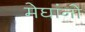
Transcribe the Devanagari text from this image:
मेघांनो